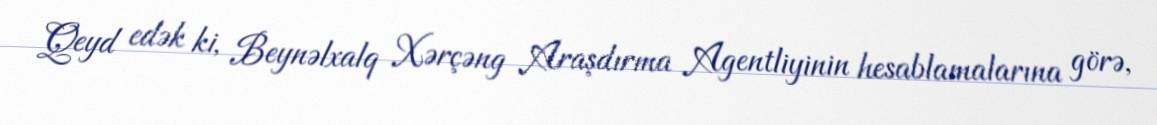
Qeyd edək ki, Beynəlxalq Xərçəng Araşdırma Agentliyinin hesablamalarına görə,